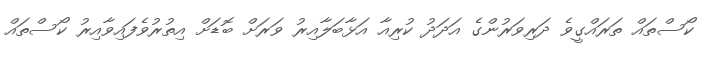
ކޯސްތައް ތަރައްގީވެ ދަރިވަރުންގެ އަދަދު ކުރިއާ އަޅާބަލާއިރު ވަރަށް ބޮޑަށް އިތުރުވެފައިވާއިރު ކޯސްތައް